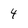
Character: 4